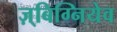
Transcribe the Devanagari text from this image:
ज़्बिग्नियेव